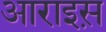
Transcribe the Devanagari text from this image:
आराइस़